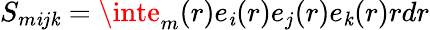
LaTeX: S_{m\mathit{i}j\mathit{k}}=\inte_{m}(r)e_{\mathit{i}}(r)e_{j}(r)e_{\mathit{k}}(r)rdr